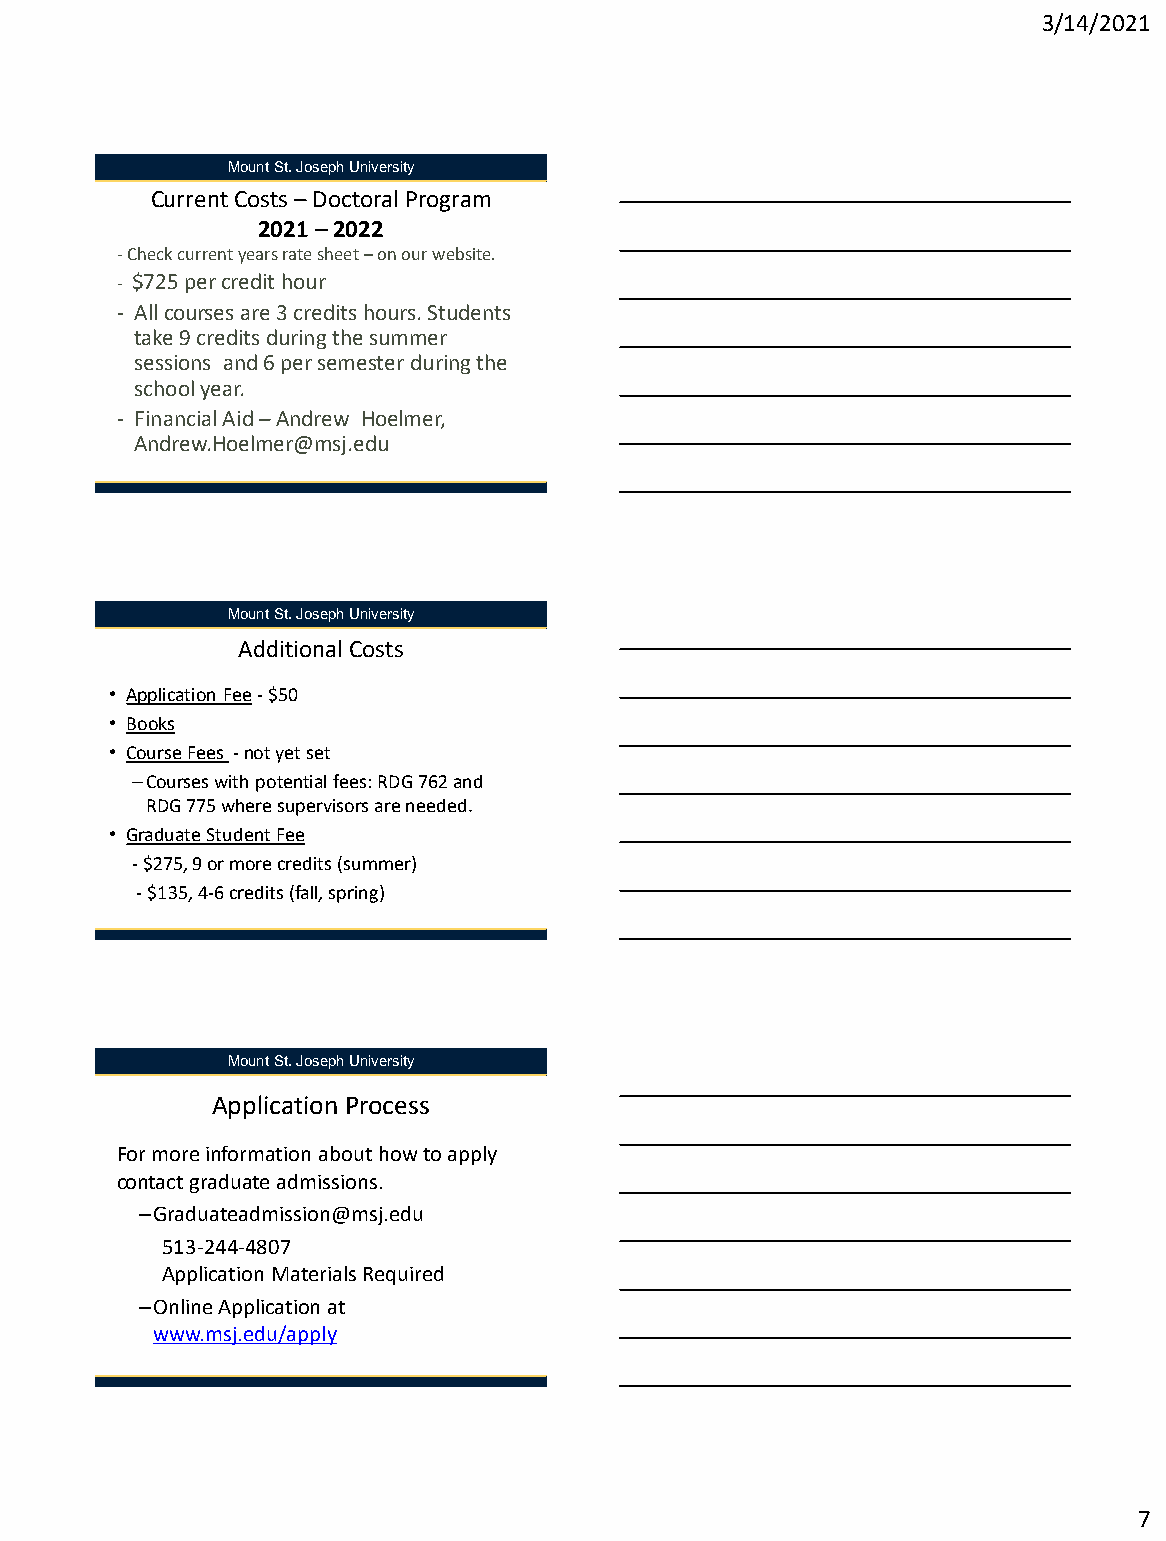
3/14/2021
 Mount St. Joseph University
 Current Costs –Doctoral Program
 2021 –2022
 -Check current years rate sheet –on our website.
 - $725 per credit hour
 - All courses are 3 credits hours. Students
 take 9 credits during the summer
 sessions and 6 per semester during the
 school year.
 - Financial Aid –Andrew Hoelmer,
 Andrew.Hoelmer@msj.edu
 Mount St. Joseph University
 Additional Costs
 • Application Fee-$50
 • Books
 • Course Fees -not yet set
 –Courses with potential fees: RDG 762 and
 RDG 775 where supervisors are needed.
 • Graduate Student Fee
 -$275, 9 or more credits (summer)
 -$135, 4-6 credits (fall, spring)
 Mount St. Joseph University
 Application Process
 For more information about how to apply
 contact graduate admissions.
 –Graduateadmission@msj.edu
 513-244-4807
 Application Materials Required
 –Online Application at
 www.msj.edu/apply
 7